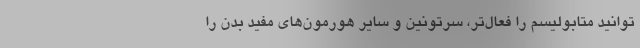
توانید متابولیسم را فعال‌تر،‌ سرتونین و سایر هورمون‌های مفید بدن را